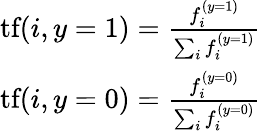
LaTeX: \begin{array}{r}{\textrm{tf}(i,y=1)=\frac{f_{i}^{(y=1)}}{\sum_{i}f_{i}^{(y=1)}}}\\ {\textrm{tf}(i,y=0)=\frac{f_{i}^{(y=0)}}{\sum_{i}f_{i}^{(y=0)}}}\end{array}